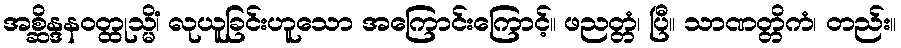
အစ္ဆိန္ဒနဝတ္ထုသ္မိံ၊ လုယူခြင်းဟူသော အကြောင်းကြောင့်။ ဖညတ္တံ၊ ပြီ။ သာဏတ္တိကံ၊ တည်း။